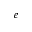
_ e